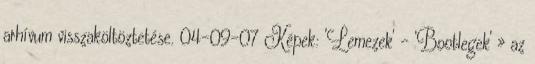
arhívum visszaköltöztetése. 04-09-07 Képek: 'Lemezek' - 'Bootlegek' » az